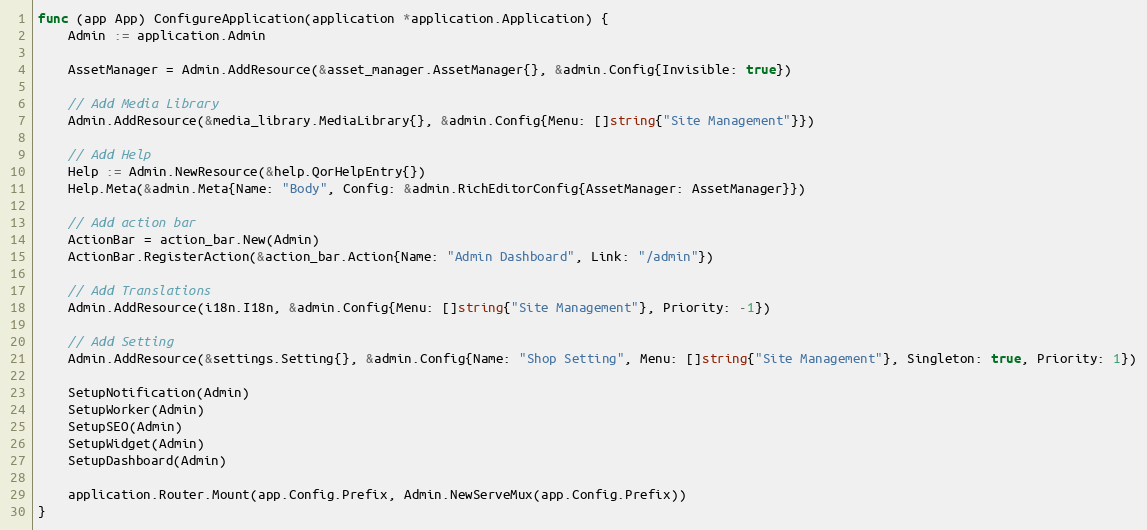
Language: Go
func (app App) ConfigureApplication(application *application.Application) {
	Admin := application.Admin

	AssetManager = Admin.AddResource(&asset_manager.AssetManager{}, &admin.Config{Invisible: true})

	// Add Media Library
	Admin.AddResource(&media_library.MediaLibrary{}, &admin.Config{Menu: []string{"Site Management"}})

	// Add Help
	Help := Admin.NewResource(&help.QorHelpEntry{})
	Help.Meta(&admin.Meta{Name: "Body", Config: &admin.RichEditorConfig{AssetManager: AssetManager}})

	// Add action bar
	ActionBar = action_bar.New(Admin)
	ActionBar.RegisterAction(&action_bar.Action{Name: "Admin Dashboard", Link: "/admin"})

	// Add Translations
	Admin.AddResource(i18n.I18n, &admin.Config{Menu: []string{"Site Management"}, Priority: -1})

	// Add Setting
	Admin.AddResource(&settings.Setting{}, &admin.Config{Name: "Shop Setting", Menu: []string{"Site Management"}, Singleton: true, Priority: 1})

	SetupNotification(Admin)
	SetupWorker(Admin)
	SetupSEO(Admin)
	SetupWidget(Admin)
	SetupDashboard(Admin)

	application.Router.Mount(app.Config.Prefix, Admin.NewServeMux(app.Config.Prefix))
}